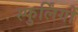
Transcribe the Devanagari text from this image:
स्फुर्लिंगों